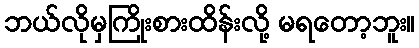
ဘယ်လိုမှကြိုးစားထိန်းလို့ မရတော့ဘူး။